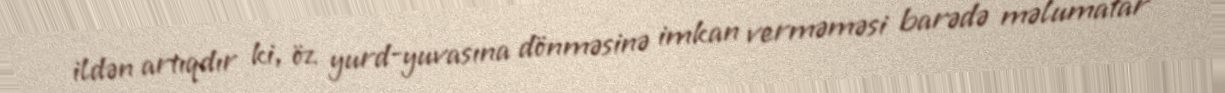
ildən artıqdır ki, öz yurd-yuvasına dönməsinə imkan verməməsi barədə məlumatar